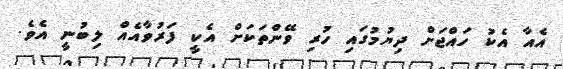
އެއާ އެކު ހައްޖަށް ދިޔުމުގައި ހުރި ވޭންތަކަށް އެކީ ފަރުވާއެއް ލިބުނީ އެވެ.